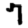
Digit: 7